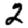
Digit: 2